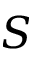
S